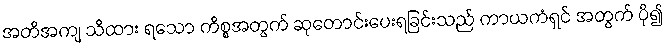
အတိအကျ သိထား ရသော ကိစ္စအတွက် ဆုတောင်းပေးရခြင်းသည် ကာယကံရှင် အတွက် ပို၍